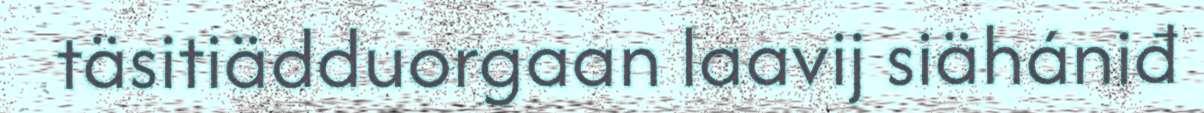
täsitiädduorgaan laavij siähániđ